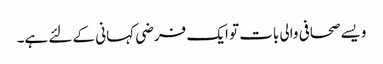
ویسے صحافی والی بات تو ایک فرضی کہانی کے لئے ہے۔